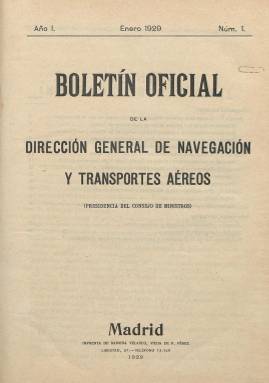
Título: Boletín oficial de la Dirección General de Navegación y Transportes Aéreos
Colección: Aviación
Ámbito geográfico: Madrid
Lugar de publicación: Madrid
Fechas: 01/01/1929-30/04/1931

Publicación oficial con la que se comienza a regular en España por parte del Gobierno todo lo relacionado con la aviación civil, en una época en que los vuelos comerciales comenzaban a diferenciarse de la aviación militar aunque los pilotos seguían siendo en su mayoría militares. Para expresar la importancia dada a la materia, en la cubierta del boletín se subraya su dependencia de la Presidencia del Consejo de Ministros.

  En diciembre de 1927 habían comenzado los vuelos de pasajeros, con la inauguración por el rey Alfonso XIII de la línea Madrid-Barcelona de la compañía Iberia, recién constituida. Anteriormente, los vuelos comerciales se habían centrado fundamentalmente en el transporte de mercancías, fundamentalmente las sacas postales de Correos.

   Consultando el índice de la publicación se obtiene una idea ajustada del contenido, con dos apartados claramente diferenciados: la información nacional y la extranjera. Esta última centrada en algunos países europeos.

  En la información nacional, la sección primera incluye una relación exhaustiva de todos los aeródromos de España y la situación en que se encontraban. Todavía no estaban las pistas pavimentadas, tan solo se aplanaba la tierra y se quitaban las piedras para que los aparatos pudieran rodar sin problemas.

  En las páginas interiores del primer número del boletín, que tenía periodicidad mensual, se pueden ver los planos de los aeródromos madrileños de Cuatro Vientos, el primero de España, y el de Getafe. En números sucesivos, la publicación incluye los planos de otros aeródromos, como el de Sevilla o el de Albacete.

   Una de las informaciones más interesantes desde el punto de vista sociológico e histórico son las estadísticas de pasajeros de las distintas líneas en servicio, con detalle por sexo y nacionalidad, dado que eran utilizadas también por extranjeros.

   La información oficial, como es lógico al tratarse de un medio gubernamental, ocupaba una buena parte del boletín. En el primer número, por ejemplo, se pueden leer las normas para la matriculación de aeronaves en España y la relación de las matriculadas hasta la fecha, o el Plan de líneas aéreas nacionales y las bases para su adjudicación.

  El boletín tuvo una paginación variada, con números desde poco más de 30 páginas, excepto el último, hasta números de más de 100. En este caso lo que ocurrió es que se publicaron dos meses conjuntamente. Así, noviembre y diciembre de 1930 se publicaron juntos con un total de 176 páginas. Este número doble incluyó publicidad en sus últimas páginas de compañías relacionadas con la aeronáutica, como la empresa CASA.

     El último número de boletín, el correspondiente a abril de 1931, pese a su escasa paginación, solo 23 páginas, es sin lugar a duda el más interesante desde el punto de vista de la Historia de España, dado que se incluyen las primeras decisiones y nombramientos del primer Gobierno republicano tras la caída de la Monarquía.

    Es de destacar el nombramiento del comandante Ramón Franco, hermano del futuro dictador y entonces uno de los héroes de la aviación que había contribuido en gran medida al triunfo de la República. Fue nombrado jefe de la sección y dirección de Aeronáutica del Ministerio de la Guerra. También destaca el cese como vicepresidente del Consejo Superior de Aeronáutica y director general de Navegación y Transportes Aéreos del general Alfredo Kindelán, uno de los pioneros de la aviación española que participará en la Guerra Civil al lado del general Franco.

   Igualmente, se da información en este último número de los trabajos de construcción del aeropuerto de Barajas, que se abrió al tráfico ese mismo mes de abril aunque los vuelos comerciales no empezarían hasta 1933.

 El boletín cesó precisamente en abril de 1931 y pasó a ser continuado con algún cambio en su título por el Boletín Oficial de la Dirección General de Aeronáutica Civil, dependiente del Ministerio de Comunicaciones, y cuyos números también posee la BNE.

[Descripción publicada el 17/08/2022]